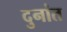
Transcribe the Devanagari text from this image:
दुनांत